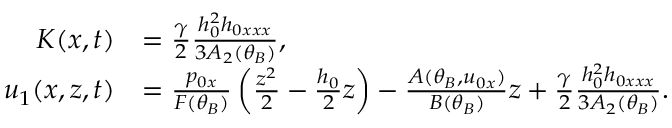
\begin{array} { r l } { K ( x , t ) } & { = \frac { \gamma } { 2 } \frac { h _ { 0 } ^ { 2 } h _ { 0 x x x } } { 3 A _ { 2 } ( \theta _ { B } ) } , } \\ { u _ { 1 } ( x , z , t ) } & { = \frac { p _ { 0 x } } { F ( \theta _ { B } ) } \left( \frac { z ^ { 2 } } { 2 } - \frac { h _ { 0 } } { 2 } z \right) - \frac { A ( \theta _ { B } , u _ { 0 x } ) } { B ( \theta _ { B } ) } z + \frac { \gamma } { 2 } \frac { h _ { 0 } ^ { 2 } h _ { 0 x x x } } { 3 A _ { 2 } ( \theta _ { B } ) } . } \end{array}